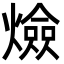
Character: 㷿